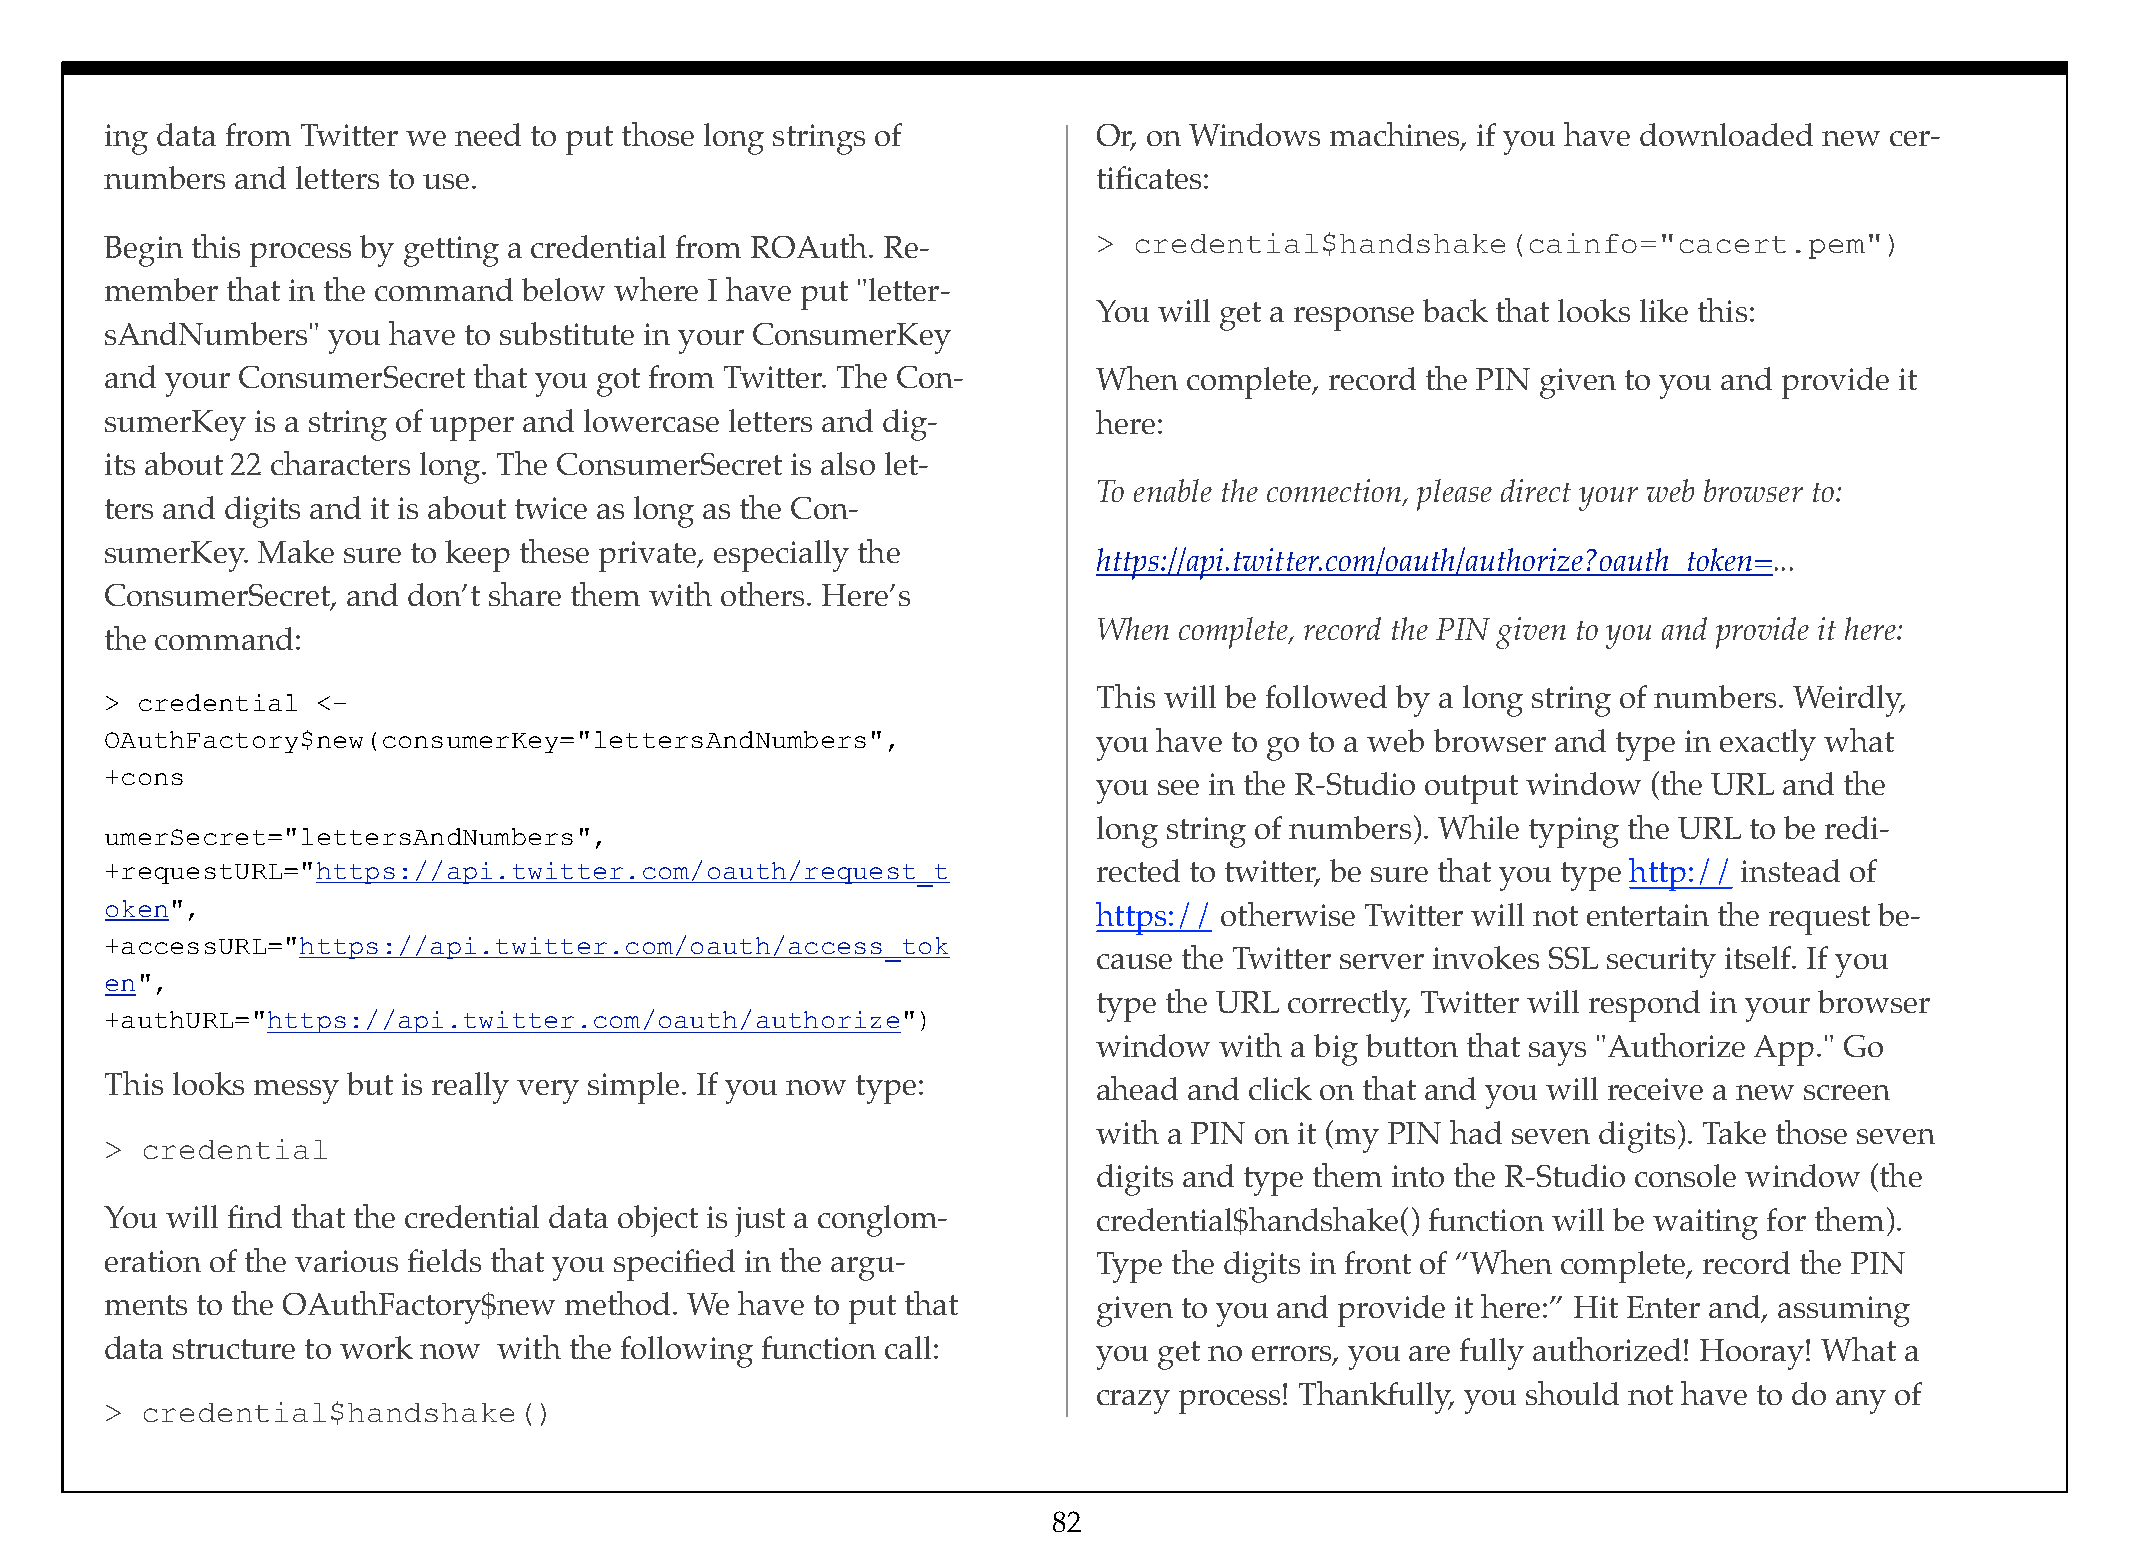
ing data from Twitter we need to put those long strings of        Or, on Windows machines, if you have downloaded new cer-
 numbers  and letters to use.                                      tificates:
 Begin this process by getting a credential from ROAuth. Re-       > credential$handshake(cainfo="cacert.pem")
 member  that in the command below where I have put "letter-
 You will get a response back that looks like this:
 sAndNumbers"   you have to substitute in your ConsumerKey
 and your ConsumerSecret that you got from Twitter. The Con-       When  complete, record the PIN given to you and provide it
 sumerKey  is a string of upper and lowercase letters and dig-     here:
 its about 22 characters long. The ConsumerSecret is also let-
 To enable the connection, please direct your web browser to:
 ters and digits and it is about twice as long as the Con-
 sumerKey. Make  sure to keep these private, especially the
 https://api.twitter.com/oauth/authorize?oauth_token=...
 ConsumerSecret, and don’t share them with others. Here’s
 When complete, record the PIN given to you and provide it here:
 the command:
 > credential  <-                                                  This will be followed by a long string of numbers. Weirdly,
 OAuthFactory$new(consumerKey="lettersAndNumbers",                 you have to go to a web browser and type in exactly what
 +cons
 you see in the R-Studio output window (the URL and the
 long string of numbers). While typing the URL to be redi-
 umerSecret="lettersAndNumbers",
 +requestURL="https://api.twitter.com/oauth/request_t              rected to twitter, be sure that you type http:// instead of
 oken",                                                            https:// otherwise Twitter will not entertain the request be-
 +accessURL="https://api.twitter.com/oauth/access_tok
 cause the Twitter server invokes SSL security itself. If you
 en",
 type the URL correctly, Twitter will respond in your browser
 +authURL="https://api.twitter.com/oauth/authorize")
 window  with a big button that says "Authorize App." Go
 This looks messy but is really very simple. If you now type:      ahead and click on that and you will receive a new screen
 with a PIN on it (my PIN had seven digits). Take those seven
 > credential
 digits and type them into the R-Studio console window (the
 You will find that the credential data object is just a conglom-  credential$handshake() function will be waiting for them).
 eration of the various fields that you specified in the argu-     Type the digits in front of “When complete, record the PIN
 ments to the OAuthFactory$new method.  We have to put that        given to you and provide it here:” Hit Enter and, assuming
 data structure to work now with the following function call:      you get no errors, you are fully authorized! Hooray! What a
 crazy process! Thankfully, you should not have to do any of
 > credential$handshake()
 82